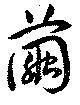
繭